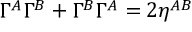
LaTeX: \Gamma ^ { A } \Gamma ^ { B } + \Gamma ^ { B } \Gamma ^ { A } = 2 \eta ^ { A B }